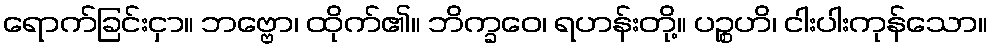
ရောက်ခြင်းငှာ။ ဘဗ္ဗော၊ ထိုက်၏။ ဘိက္ခဝေ၊ ရဟန်းတို့။ ပဉ္စဟိ၊ ငါးပါးကုန်သော။